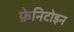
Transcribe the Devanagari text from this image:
फ़ेनिटोइन